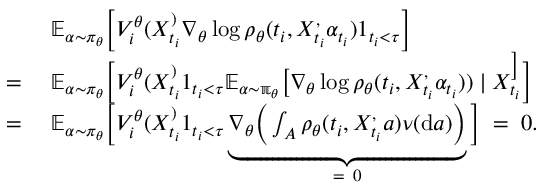
\begin{array} { r l } & { \; \mathbb { E } _ { \alpha \sim \pi _ { \theta } } \Big [ V _ { i } ^ { \theta } ( X _ { t _ { i } } ^ ) \nabla _ { \theta } \log \rho _ { \theta } ( t _ { i } , X _ { t _ { i } } ^ , \alpha _ { t _ { i } } ) 1 _ { t _ { i } < \tau } \Big ] } \\ { = } & { \; \mathbb { E } _ { \alpha \sim \pi _ { \theta } } \Big [ V _ { i } ^ { \theta } ( X _ { t _ { i } } ^ ) 1 _ { t _ { i } < \tau } \mathbb { E _ { \alpha \sim \pi _ { \theta } } } \big [ \nabla _ { \theta } \log \rho _ { \theta } ( t _ { i } , X _ { t _ { i } } ^ , \alpha _ { t _ { i } } ) ) \mid X _ { t _ { i } } ^ \big ] \Big ] } \\ { = } & { \; \mathbb { E } _ { \alpha \sim \pi _ { \theta } } \Big [ V _ { i } ^ { \theta } ( X _ { t _ { i } } ^ ) 1 _ { t _ { i } < \tau } \underbrace { \nabla _ { \theta } \Big ( \int _ { A } \rho _ { \theta } ( t _ { i } , X _ { t _ { i } } ^ , a ) \nu ( \mathrm { d } a ) \Big ) } _ { = \ 0 } \Big ] \; = \; 0 . } \end{array}